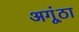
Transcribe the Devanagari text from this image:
अगूंठा